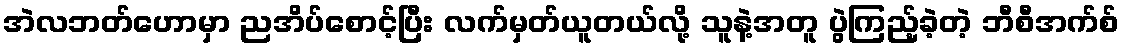
အဲလဘတ်ဟောမှာ ညအိပ်စောင့်ပြီး လက်မှတ်ယူတယ်လို့ သူနဲ့အတူ ပွဲကြည့်ခဲ့တဲ့ ဘီစီအက်စ်